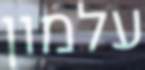
עלמון